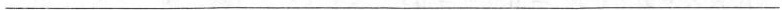
___